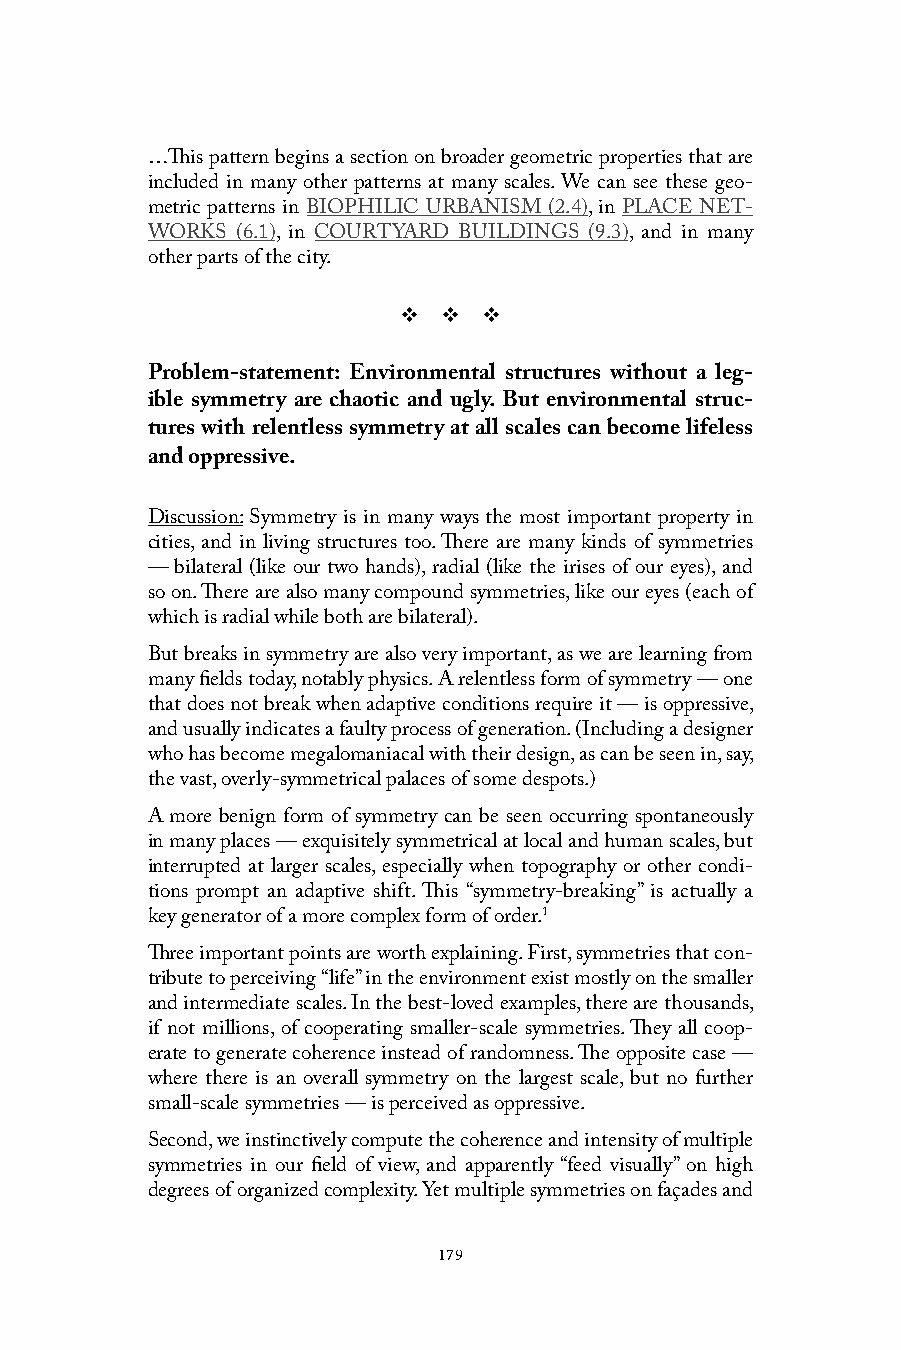
…This pattern begins a section on broader geometric properties that are
 included in many other patterns at many scales. We can see these geo-
 metric patterns in BIOPHILIC URBANISM (2.4), in PLACE NET-
 WORKS (6.1), in COURTYARD BUILDINGS (9.3), and in many
 other parts of the city.
 v  v  v
 Problem-statement: Environmental structures without a leg-
 ible symmetry are chaotic and ugly. But environmental struc-
 tures with relentless symmetry at all scales can become lifeless
 and oppressive.
 Discussion: Symmetry is in many ways the most important property in
 cities, and in living structures too. There are many kinds of symmetries
 — bilateral (like our two hands), radial (like the irises of our eyes), and
 so on. There are also many compound symmetries, like our eyes (each of
 which is radial while both are bilateral).
 But breaks in symmetry are also very important, as we are learning from
 many fields today, notably physics. A relentless form of symmetry — one
 that does not break when adaptive conditions require it — is oppressive,
 and usually indicates a faulty process of generation. (Including a designer
 who has become megalomaniacal with their design, as can be seen in, say,
 the vast, overly-symmetrical palaces of some despots.)
 A more benign form of symmetry can be seen occurring spontaneously
 in many places — exquisitely symmetrical at local and human scales, but
 interrupted at larger scales, especially when topography or other condi-
 tions prompt an adaptive shift. This “symmetry-breaking” is actually a
 key generator of a more complex form of order.1
 Three important points are worth explaining. First, symmetries that con-
 tribute to perceiving “life” in the environment exist mostly on the smaller
 and intermediate scales. In the best-loved examples, there are thousands,
 if not millions, of cooperating smaller-scale symmetries. They all coop-
 erate to generate coherence instead of randomness. The opposite case —
 where there is an overall symmetry on the largest scale, but no further
 small-scale symmetries — is perceived as oppressive.
 Second, we instinctively compute the coherence and intensity of multiple
 symmetries in our field of view, and apparently “feed visually” on high
 degrees of organized complexity. Yet multiple symmetries on façades and
 179